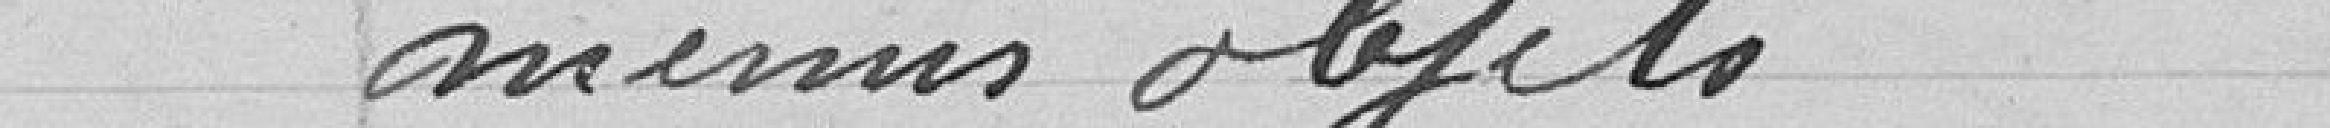
mêmes objets